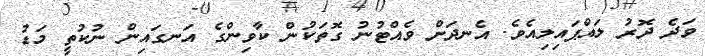
ވަދެ ދޮރު ލައްޕައިލިއެވެ. އެނދަށް ވެއްޓުނު ގޮތަކުން ކާވިންގެ އަނގައިން ނުކުތީ މަޑު